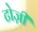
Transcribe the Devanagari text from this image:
टोज़ी